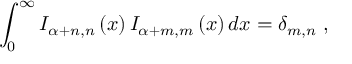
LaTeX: \int _ { 0 } ^ { \infty } I _ { \alpha + n , n } \left( x \right) I _ { \alpha + m , m } \left( x \right) d x = \delta _ { m , n } \; ,